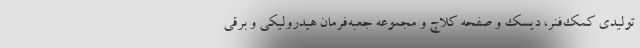
تولیدی کمک‌فنر، دیسک و صفحه کلاچ و مجموعه جعبه‌فرمان هیدرولیکی و برقی